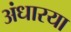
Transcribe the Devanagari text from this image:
अंधारया